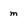
Character: m